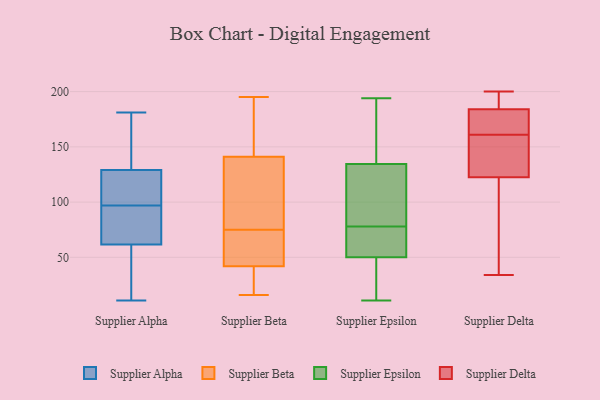
{"axis": {"x": "Budget (USD K)", "y": "Value"}, "legend": ["Supplier Alpha", "Supplier Beta", "Supplier Delta", "Supplier Epsilon"], "data": [{"x": "", "y": 60, "type": "Supplier Alpha"}, {"x": "", "y": 135, "type": "Supplier Alpha"}, {"x": "", "y": 85, "type": "Supplier Alpha"}, {"x": "", "y": 36, "type": "Supplier Alpha"}, {"x": "", "y": 97, "type": "Supplier Alpha"}, {"x": "", "y": 126, "type": "Supplier Alpha"}, {"x": "", "y": 122, "type": "Supplier Alpha"}, {"x": "", "y": 119, "type": "Supplier Alpha"}, {"x": "", "y": 84, "type": "Supplier Alpha"}, {"x": "", "y": 164, "type": "Supplier Alpha"}, {"x": "", "y": 113, "type": "Supplier Alpha"}, {"x": "", "y": 132, "type": "Supplier Alpha"}, {"x": "", "y": 181, "type": "Supplier Alpha"}, {"x": "", "y": 15, "type": "Supplier Alpha"}, {"x": "", "y": 162, "type": "Supplier Alpha"}, {"x": "", "y": 11, "type": "Supplier Alpha"}, {"x": "", "y": 97, "type": "Supplier Alpha"}, {"x": "", "y": 32, "type": "Supplier Alpha"}, {"x": "", "y": 63, "type": "Supplier Alpha"}, {"x": "", "y": 75, "type": "Supplier Alpha"}, {"x": "", "y": 195, "type": "Supplier Beta"}, {"x": "", "y": 54, "type": "Supplier Beta"}, {"x": "", "y": 159, "type": "Supplier Beta"}, {"x": "", "y": 141, "type": "Supplier Beta"}, {"x": "", "y": 93, "type": "Supplier Beta"}, {"x": "", "y": 55, "type": "Supplier Beta"}, {"x": "", "y": 135, "type": "Supplier Beta"}, {"x": "", "y": 16, "type": "Supplier Beta"}, {"x": "", "y": 37, "type": "Supplier Beta"}, {"x": "", "y": 57, "type": "Supplier Beta"}, {"x": "", "y": 42, "type": "Supplier Beta"}, {"x": "", "y": 125, "type": "Supplier Beta"}, {"x": "", "y": 39, "type": "Supplier Beta"}, {"x": "", "y": 146, "type": "Supplier Beta"}, {"x": "", "y": 11, "type": "Supplier Epsilon"}, {"x": "", "y": 194, "type": "Supplier Epsilon"}, {"x": "", "y": 45, "type": "Supplier Epsilon"}, {"x": "", "y": 86, "type": "Supplier Epsilon"}, {"x": "", "y": 55, "type": "Supplier Epsilon"}, {"x": "", "y": 182, "type": "Supplier Epsilon"}, {"x": "", "y": 81, "type": "Supplier Epsilon"}, {"x": "", "y": 30, "type": "Supplier Epsilon"}, {"x": "", "y": 87, "type": "Supplier Epsilon"}, {"x": "", "y": 71, "type": "Supplier Epsilon"}, {"x": "", "y": 31, "type": "Supplier Epsilon"}, {"x": "", "y": 67, "type": "Supplier Epsilon"}, {"x": "", "y": 139, "type": "Supplier Epsilon"}, {"x": "", "y": 61, "type": "Supplier Epsilon"}, {"x": "", "y": 117, "type": "Supplier Epsilon"}, {"x": "", "y": 140, "type": "Supplier Epsilon"}, {"x": "", "y": 156, "type": "Supplier Epsilon"}, {"x": "", "y": 16, "type": "Supplier Epsilon"}, {"x": "", "y": 130, "type": "Supplier Epsilon"}, {"x": "", "y": 75, "type": "Supplier Epsilon"}, {"x": "", "y": 132, "type": "Supplier Delta"}, {"x": "", "y": 180, "type": "Supplier Delta"}, {"x": "", "y": 165, "type": "Supplier Delta"}, {"x": "", "y": 34, "type": "Supplier Delta"}, {"x": "", "y": 161, "type": "Supplier Delta"}, {"x": "", "y": 68, "type": "Supplier Delta"}, {"x": "", "y": 200, "type": "Supplier Delta"}, {"x": "", "y": 161, "type": "Supplier Delta"}, {"x": "", "y": 195, "type": "Supplier Delta"}, {"x": "", "y": 113, "type": "Supplier Delta"}, {"x": "", "y": 188, "type": "Supplier Delta"}, {"x": "", "y": 136, "type": "Supplier Delta"}]}